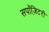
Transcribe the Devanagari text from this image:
सपॉज़िटरी